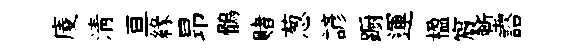
庱淸亘緣昻鶻赌葱諺蹰運楹賔塹諮